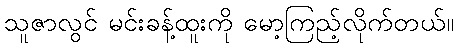
သူဇာလွင် မင်းခန့်ထူးကို မော့ကြည့်လိုက်တယ်။